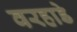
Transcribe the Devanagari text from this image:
वरहाडे